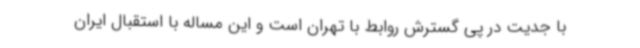
با جدیت در پی گسترش روابط با تهران است و این مساله با استقبال ایران